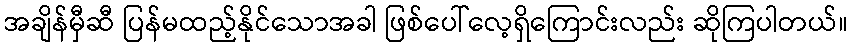
အချိန်မှီဆီ ပြန်မထည့်နိုင်သောအခါ ဖြစ်ပေါ်လေ့ရှိကြောင်းလည်း ဆိုကြပါတယ်။